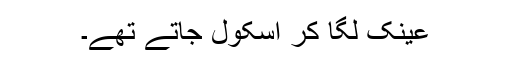
عینک لگا کر اسکول جاتے تھے۔